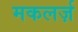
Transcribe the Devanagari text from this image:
मकलर्ज़